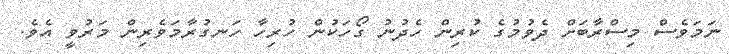
ނަމަވެސް މިސްރާބަށް ދެވުމުގެ ކުރިން ހެދުނު ގޯހަކުން ހުރިހާ ހަނގުރާމަވެރިން މަރުވީ އެވެ.